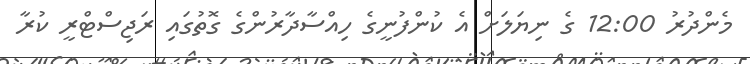
މެންދުރު 12:00 ގެ ނިޔަލަށް އެ ކުންފުނީގެ ހިއްސާދާރުންގެ ގޮތުގައި ރަޖިސްޓްރީ ކުރާ